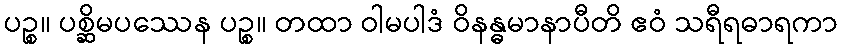
ပဉ္စ။ ပစ္ဆိမပဿေန ပဉ္စ။ တထာ ဝါမပါဒံ ဝိနန္ဓမာနာပီတိ ဧဝံ သရီရဓာရကာ